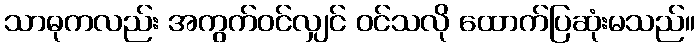
သာဓုကလည်း အကွက်ဝင်လျှင် ဝင်သလို ထောက်ပြဆုံးမသည်။